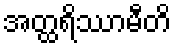
အတ္ထရိဿာမီတိ